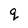
Character: q